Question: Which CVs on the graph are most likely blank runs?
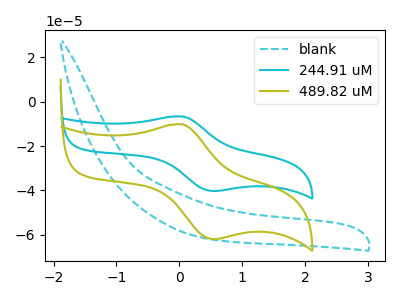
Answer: <think>The cyan dashed curve "blank" has no peaks. The cyan curve "244.91 uM" has an anodic peak at (0.05V, -6.65uA) and a cathodic peak at (0.55V, -40.25uA). The olive curve "489.82 uM" has an anodic peak at (0.05V, -10.20uA) and a cathodic peak at (0.55V, -61.90uA).</think>
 <answer>"blank" is likely to be a blank.</answer>
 <eval>blank</eval>